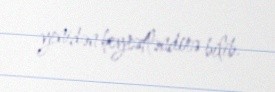
yenidən heyrətləndirə bilib.